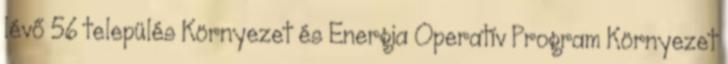
lévő 56 település Környezet és Energia Operatív Program Környezet